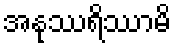
အနုဿရိဿာမိ